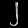
Digit: ၂